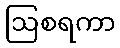
ဩစရကာ